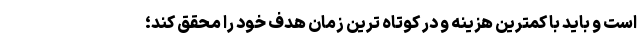
است و باید با کمترین هزینه و در کوتاه ترین زمان هدف خود را محقق کند؛